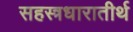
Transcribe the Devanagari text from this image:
सहस्त्रधारातीर्थ